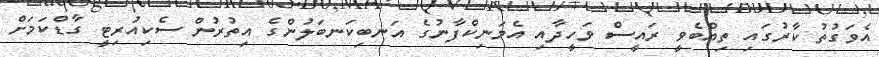
އެވަގުތު ކާރުގައި ތިއްބެވީ ރައީސް ވަހީދާއި އެމަނިކްފާނުގެ އަނބިކަނބަލުންގެ އިތުރުން ސެކިއުރިޓީ ގާޑްކަމަށް